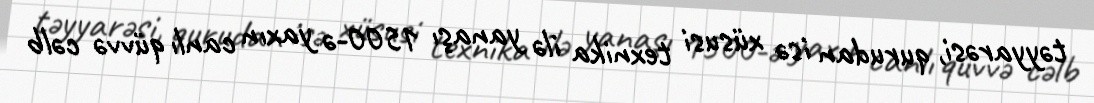
təyyarəsi, qurudan isə xüsusi texnika ilə yanaşı 1500-ə yaxın canlı qüvvə cəlb